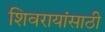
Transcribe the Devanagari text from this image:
शिवरायांसाठी